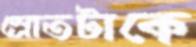
স্রোতটাকে